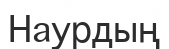
Наурдың